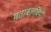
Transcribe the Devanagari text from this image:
मताबलंवियों